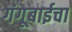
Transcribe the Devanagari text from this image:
गंगूबाईचा